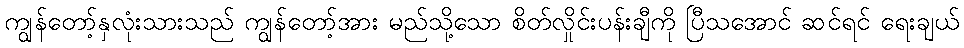
ကျွန်တော့်နှလုံးသားသည် ကျွန်တော့်အား မည်သို့သော စိတ်လှိုင်းပန်းချီကို ပြီသအောင် ဆင်ရင် ရေးချယ်